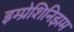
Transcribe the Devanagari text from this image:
इम्प्रेशिनिझम